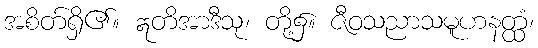
အစိတ်ရှိ၏။ ဣတိအာဒီသု၊ တို့၌။ ဇီဝသညာသမူဟနတ္ထံ၊